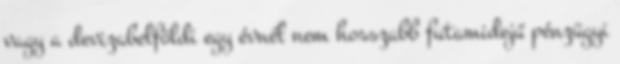
vagy a devizabelföldi egy évnél nem hosszabb futamidejű pénzügyi